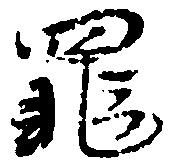
罪